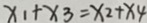
x _ { 1 } + x _ { 3 } = x _ { 2 } + x _ { 4 }